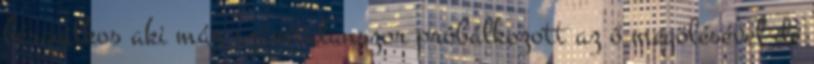
bérgyilkos aki már számtalanszor próbálkozott az ő megölésével de